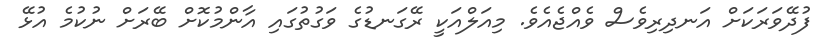
ފުދޭވަރަކަށް އަނދިރިވެސް ވެއްޖެއެވެ. މިއަލްއަކީ ރޭގަނޑުގެ ވަގުތުގައި އާންމުކޮށް ބޭރަށް ނުކުމެ އުޅޭ